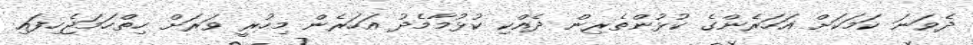
ދެވަނަ ކަމަކަށް އަހަރެންގެ ކުޅުންތެރިން ދެއްކި ކުޅުމާމެދު އަހަރެން މިހުރީ ވަރަށް ހިތްހަމަޖެހިފައި